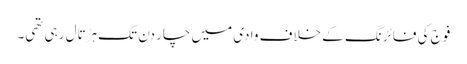
فوج کی فائرنگ کے خلاف وادی میں چار دن تک ہڑتال رہی تھی۔